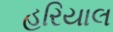
હરિયાલ